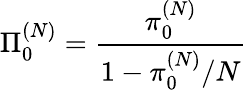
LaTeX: \Pi_{0}^{(N)}=\frac{\pi_{0}^{(N)}}{1-\pi_{0}^{(N)}/N}